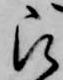
被